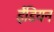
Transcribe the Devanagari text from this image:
ईंडियन